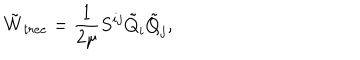
LaTeX: \tilde { W } _ { t r e e } = \frac { 1 } { 2 \mu } S ^ { i j } \tilde { Q } _ { i } \tilde { Q } _ { j } ,